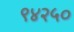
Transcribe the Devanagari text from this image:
९४२५०